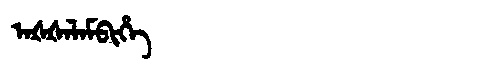
Manchu: ᠠᡧᡧᠠᠯᠠᠮᠪᡳᡥᡝ
Romanization: AŠŠALAMBIHE